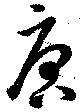
唐